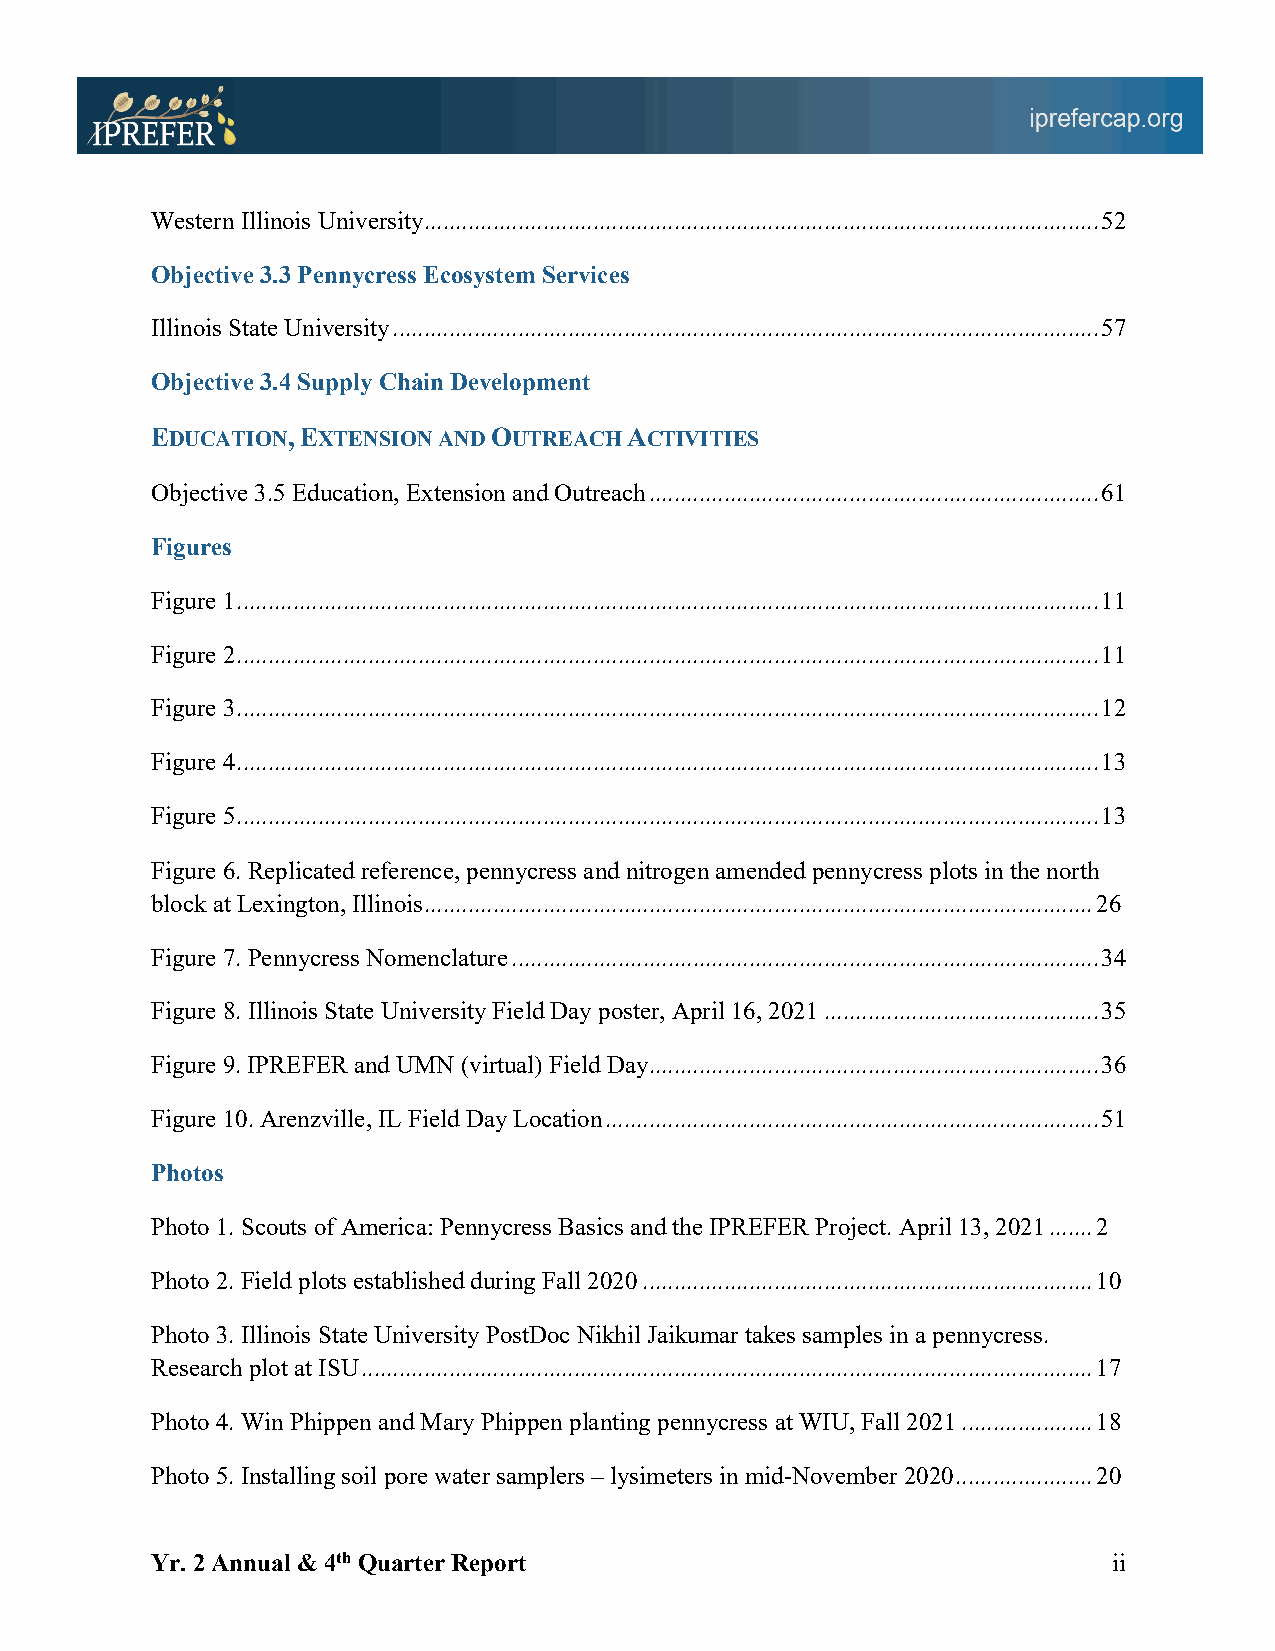
Western Illinois University ............................................................................................................ 52
 Objective 3.3 Pennycress Ecosystem Services
 Illinois State University ................................................................................................................. 57
 Objective 3.4 Supply Chain Development
 EDUCATION, EXTENSION AND OUTREACH ACTIVITIES
 Objective 3.5 Education, Extension and Outreach ........................................................................ 61
 Figures
 Figure 1 .......................................................................................................................................... 11
 Figure 2 .......................................................................................................................................... 11
 Figure 3 .......................................................................................................................................... 12
 Figure 4 .......................................................................................................................................... 13
 Figure 5 .......................................................................................................................................... 13
 Figure 6. Replicated reference, pennycress and nitrogen amended pennycress plots in the north
 block at Lexington, Illinois ........................................................................................................... 26
 Figure 7. Pennycress Nomenclature .............................................................................................. 34
 Figure 8. Illinois State University Field Day poster, April 16, 2021 ............................................ 35
 Figure 9. IPREFER and UMN (virtual) Field Day ........................................................................ 36
 Figure 10. Arenzville, IL Field Day Location ............................................................................... 51
 Photos
 Photo 1. Scouts of America: Pennycress Basics and the IPREFER Project. April 13, 2021 ....... 2
 Photo 2. Field plots established during Fall 2020 ........................................................................ 10
 Photo 3. Illinois State University PostDoc Nikhil Jaikumar takes samples in a pennycress.
 Research plot at ISU ..................................................................................................................... 17
 Photo 4. Win Phippen and Mary Phippen planting pennycress at WIU, Fall 2021 ..................... 18
 Photo 5. Installing soil pore water samplers – lysimeters in mid-November 2020 ...................... 20
 Yr. 2 Annual & 4th Quarter Report                               ii